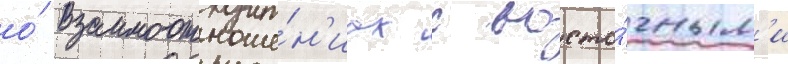
о́ взаимоотноше́н'иах с восто́чным'и